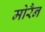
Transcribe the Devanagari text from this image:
मोरैन